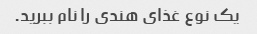
یک نوع غذای هندی را نام ببرید.